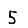
Digit: 5